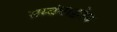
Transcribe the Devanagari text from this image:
सम्बंधाद्वारेच